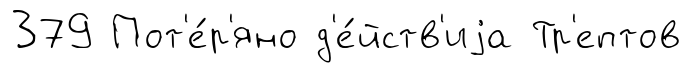
379 Пот'е́р'яно д'е́йств'иjа Тр'ептов